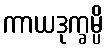
ကာယဒုက္ခမ္ပိ